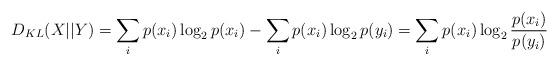
LaTeX: \begin{align*}D_{KL}(X||Y) = \sum_i p(x_i) \log_2 p(x_i) - \sum_i p(x_i) \log_2 p(y_i) = \sum_i p(x_i) \log_2 \frac{p(x_i)}{p(y_i)}\end{align*}